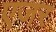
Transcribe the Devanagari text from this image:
एजर